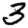
Digit: 3